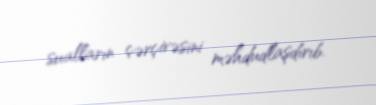
sualların çərçivəsini məhdudlaşdırıb.